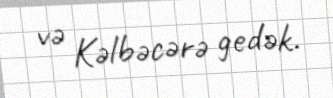
və Kəlbəcərə gedək.